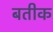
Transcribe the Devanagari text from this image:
बतीक